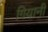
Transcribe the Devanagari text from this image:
गियानी